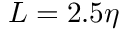
L = 2 . 5 \eta